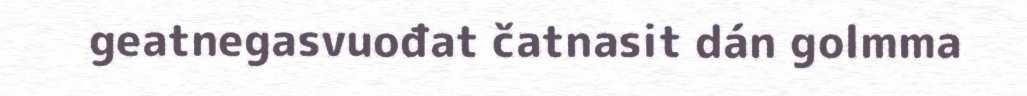
geatnegasvuođat čatnasit dán golmma